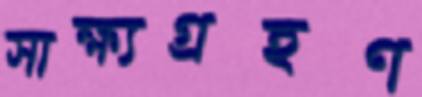
সাক্ষ্যগ্রহণ